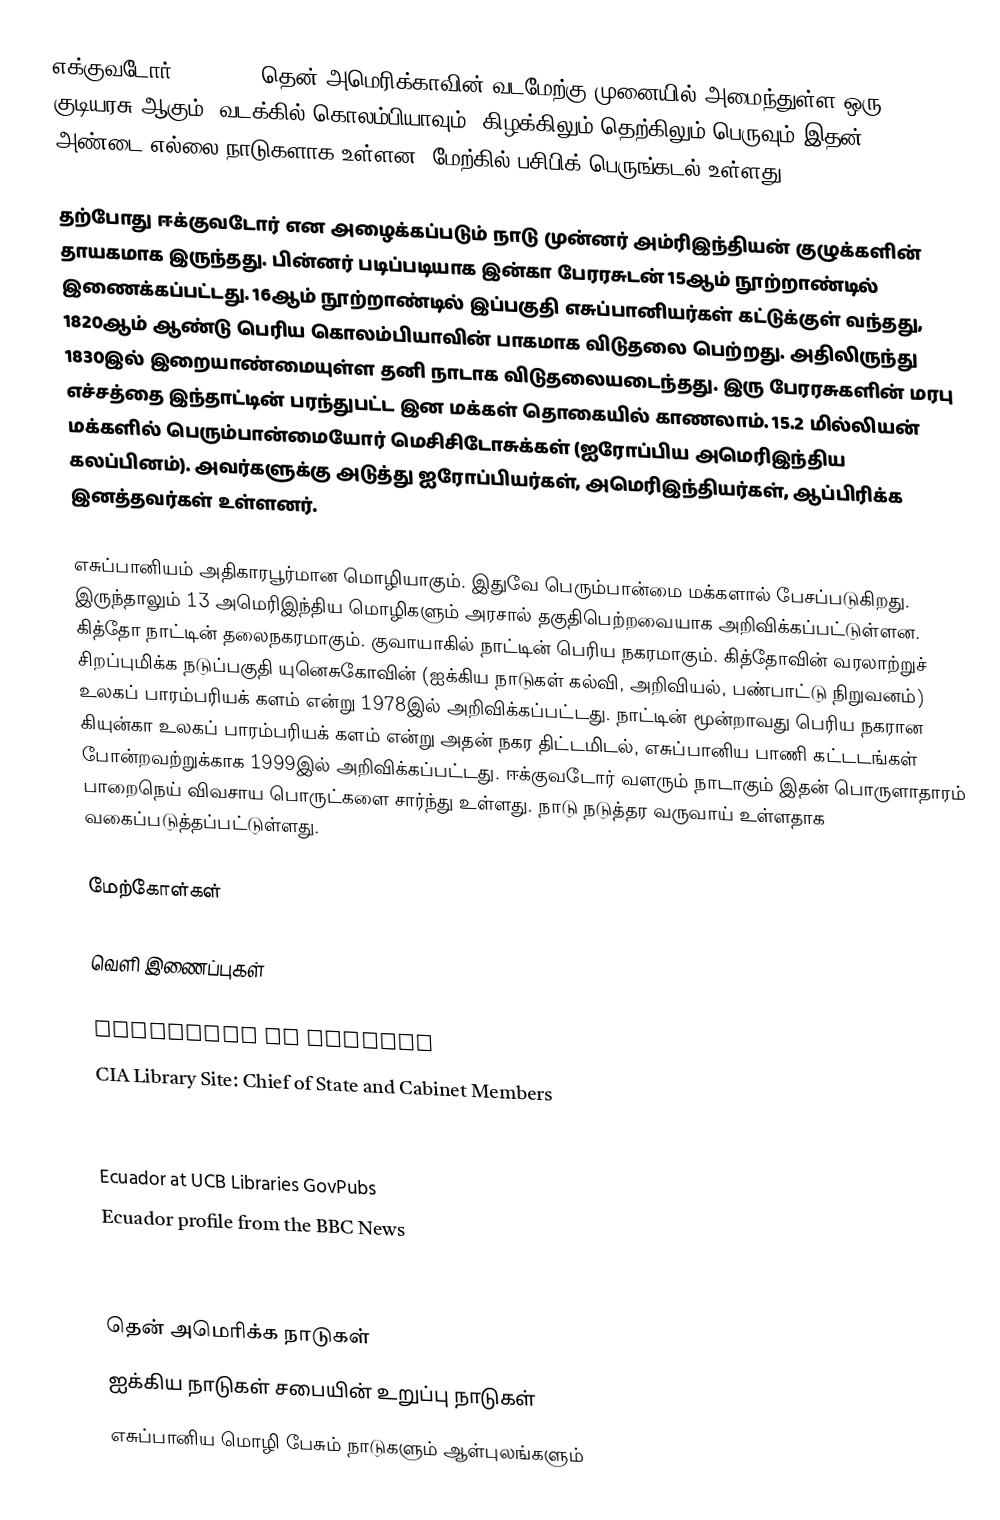
எக்குவடோர் (Ecuador) தென் அமெரிக்காவின் வடமேற்கு முனையில் அமைந்துள்ள ஒரு குடியரசு ஆகும். வடக்கில் கொலம்பியாவும், கிழக்கிலும் தெற்கிலும் பெருவும் இதன் அண்டை எல்லை நாடுகளாக உள்ளன. மேற்கில் பசிபிக் பெருங்கடல் உள்ளது.

தற்போது ஈக்குவடோர் என அழைக்கப்படும் நாடு முன்னர் அம்ரிஇந்தியன் குழுக்களின் தாயகமாக இருந்தது. பின்னர் படிப்படியாக இன்கா பேரரசுடன் 15ஆம் நூற்றாண்டில் இணைக்கப்பட்டது. 16ஆம் நூற்றாண்டில் இப்பகுதி எசுப்பானியர்கள் கட்டுக்குள் வந்தது, 1820ஆம் ஆண்டு பெரிய கொலம்பியாவின் பாகமாக விடுதலை பெற்றது. அதிலிருந்து 1830இல் இறையாண்மையுள்ள தனி நாடாக விடுதலையடைந்தது. இரு பேரரசுகளின் மரபு எச்சத்தை இந்தாட்டின் பரந்துபட்ட இன மக்கள் தொகையில் காணலாம். 15.2 மில்லியன் மக்களில் பெரும்பான்மையோர் மெசிசிடோசுக்கள் (ஐரோப்பிய அமெரிஇந்திய கலப்பினம்). அவர்களுக்கு அடுத்து ஐரோப்பியர்கள், அமெரிஇந்தியர்கள், ஆப்பிரிக்க இனத்தவர்கள் உள்ளனர்.

எசுப்பானியம் அதிகாரபூர்மான மொழியாகும். இதுவே பெரும்பான்மை மக்களால் பேசப்படுகிறது. இருந்தாலும் 13 அமெரிஇந்திய மொழிகளும் அரசால் தகுதிபெற்றவையாக அறிவிக்கப்பட்டுள்ளன. கித்தோ நாட்டின் தலைநகரமாகும். குவாயாகில் நாட்டின் பெரிய நகரமாகும். கித்தோவின் வரலாற்றுச் சிறப்புமிக்க நடுப்பகுதி யுனெசுகோவின் (ஐக்கிய நாடுகள் கல்வி, அறிவியல், பண்பாட்டு நிறுவனம்) உலகப் பாரம்பரியக் களம் என்று 1978இல் அறிவிக்கப்பட்டது.  நாட்டின் மூன்றாவது பெரிய நகரான கியுன்கா உலகப் பாரம்பரியக் களம் என்று அதன் நகர திட்டமிடல், எசுப்பானிய பாணி கட்டடங்கள் போன்றவற்றுக்காக 1999இல் அறிவிக்கப்பட்டது. ஈக்குவடோர் வளரும் நாடாகும் இதன் பொருளாதாரம் பாறைநெய் விவசாய பொருட்களை சார்ந்து உள்ளது. நாடு நடுத்தர வருவாய் உள்ளதாக வகைப்படுத்தப்பட்டுள்ளது.

மேற்கோள்கள்

வெளி இணைப்புகள்

 President of Ecuador
 CIA Library Site: Chief of State and Cabinet Members
 Ecuador. The World Factbook. Central Intelligence Agency.

 Ecuador at UCB Libraries GovPubs
 Ecuador profile from the BBC News

தென் அமெரிக்க நாடுகள்
ஐக்கிய நாடுகள் சபையின் உறுப்பு நாடுகள்
எசுப்பானிய மொழி பேசும் நாடுகளும் ஆள்புலங்களும்